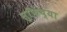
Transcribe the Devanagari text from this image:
सुफिंच्या